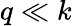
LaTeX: q\ll k